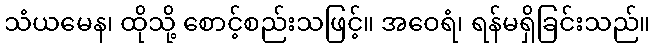
သံယမေန၊ ထိုသို့ စောင့်စည်းသဖြင့်။ အဝေရံ၊ ရန်မရှိခြင်းသည်။